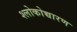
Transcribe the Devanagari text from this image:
श्लोकोच्चारण